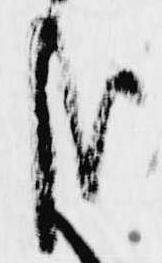
哉